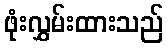
ဖုံးလွှမ်းထားသည်